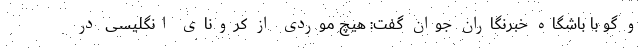
و گو با باشگاه خبرنگاران جوان گفت: هیچ موردی از کرونای انگلیسی در